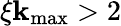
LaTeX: \xi\mathbf{k}_{\mathrm{{max}}}>2